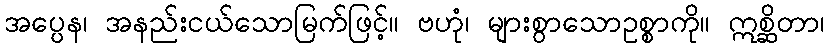
အပ္ပေန၊ အနည်းငယ်သောမြက်ဖြင့်။ ဗဟုံ၊ များစွာသောဥစ္စာကို။ ဣစ္ဆိတာ၊